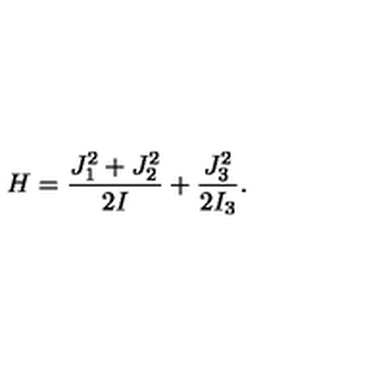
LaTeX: H = \frac { J _ { 1 } ^ { 2 } + J _ { 2 } ^ { 2 } } { 2 I } + \frac { J _ { 3 } ^ { 2 } } { 2 I _ { 3 } } .